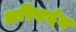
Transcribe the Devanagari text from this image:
अरिमर्दन